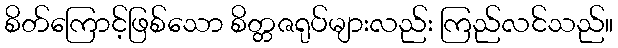
စိတ်ကြောင့်ဖြစ်သော စိတ္တဇရုပ်များလည်း ကြည်လင်သည်။